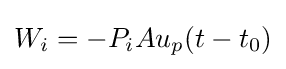
W_{i}=-P_{i}Au_{p}(t-t_{0})